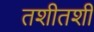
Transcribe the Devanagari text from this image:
तशीतशी